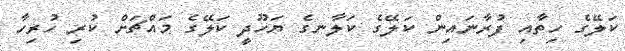
ކަލޭގެ ހިތާއި ފުރާނައިން ކަލޭގެ ކަލާނގެ ޔަހޫދީ ކަލޭގެ މައްޗަށް ކުރި ހުރިހާ